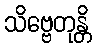
သိဗ္ဗေတုန္တိ